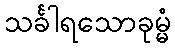
သင်္ခါရသောခုမ္မံ